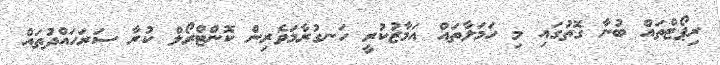
ރިޕޯޓްތައް ބުނާ ގޮތުގައި މި ހަމަލާތައް އަމާޒުކުރީ ހަނގުރާމަވެރިން ކޮންޓްރޯލް ކުރާ ސަރަހައްދުތައް